Annual statistical returns and brief notes on vaccination in Bengal - 1896-1909
Year: 1896
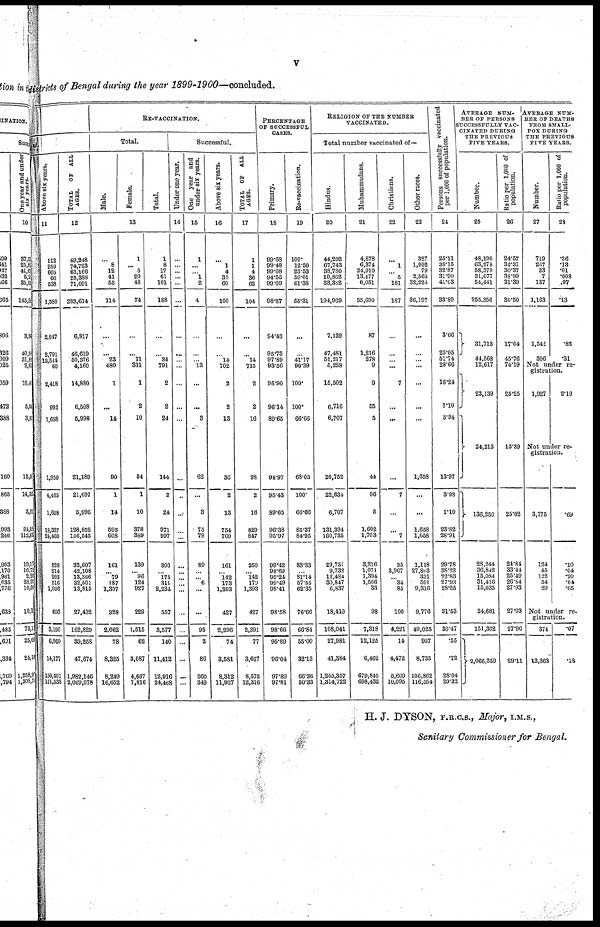
v
districts of Bengal during the year 1899-1900—concluded.
ul.
Above six years.
11
112
259
605
66
538
1,580
2,047
2,791
12,544
60
2,418
992
1,658
1,950
4,465
1,658
18,337
24,460
528
214
203
516
1,036
693
3,190
6,960
14,177
150,401
171,538
TOTAL
OF ALL
AGES.
12
49,248 74,723
63,166 25,386 71.091
283,614
6,817
46,619
50,376
4,160
14,880
6,508
6,996
21,189
21,697
5,996
128,852
156,545
33,607
42,108
13,366
32,501
13,815
27,432
162,829
39,258
47,674
1,982,146
2,069,078
RE-VACCINATION.
Total.
Male.
Female.
Total.
13
...
8
12
41
53
114
...
... 23
480
1
...
14
90
1
14
593
608
161
... 79
187
1,397
328
2,062
78
8,325
8,249
16,652
1
. . . 5
20
48
74
...
... 11
311
1
2
10
54
1
10
378
389
139
... 96
124
927
229
1,515
62
3,087
4,667
7,816
1
8
17
61
101
188
...
... 34
791
2
2
24
144
2
24
971
997
300
... 175
311
2,234
557
3,577
140
11,412
12,916
24,468
Successful.
Under one year.
14
...
...
. . .
...
...
...
...
...
...
. . .
...
...
...
...
...
...
...
. . .
...
... . . .
...
. . .
. . .
...
...
. . .
...
...
One year and
under six years.
15
1
...
... 1
2
4
...
...
... 13
. . .
...
3
62
...
3
75
78
89
... ... 6
...
...
95
3
86
260
349
Above six years.
16
...
1
4
35
60
100
...
... 14
702
2
2
13
36
2
13
754
769
161
... 142
173
1,393
427
2,296
74
3,581
8,312
11,967
TOTAL OF ALL
AGES.
17
1
1
4
36
62
104
...
... 14
715
2
2
16
98
2
16
829
847
250
... 142
179
1,393
427
2,391
77
3,667
8,572
12,316
PERCENTAGE
OF SUCCESSFUL
CASES.
Primary.
18
99.68
99.48 99.08
94.55
99.09
98.87
94.43
95.73
97.89
93.56
96.90
96.14
89.65
94.97
95.43
89.65
96.38
95.97
99.42
98.69
95.24
99.49
98.41
98.58
98.66
95.89
96.04
97.89
97.81
Re-vaccination.
19
100.
12.50
23.53
59.01
61.38
55.31
...
... 41.17
90.39
100.
100.
66.66
68.05
100.
66.66
85.37
84.95
83.33
... 81.14
57.55
62.35
76.66
66.84
55.00
32.13
66.36
50.33
RELIGION OF THE NUMBER
VACCINATED.
Total number vaccinated of—
Hindus.
20
44,202
67,743
38,780
10,862
33,382
194,969
7,132
47,481
51,217
5,228
15,502
6,716
6,707
20,752
22,634
6,707
131,394
160,735
29,731
9,732
12,484
30,847
6,837
18,410
108,041
27,981
41,384
1,245,357
1,314,722
Muhammadans.
21
4,878
6,374
24,010
13,477
6,051
55,690
87
1,216
278
9
9
55
5
44
96
5
1,602
1,703
3,216
1,071
1,394
1,506
33
98
7,318
12,125
6,462
679,845
698,432
Christians.
22
...
1
... 5
181
187
...
...
...
...
7
...
...
...
7
. . .
...
7
35
3,967
... 34
85
100
4,221
14
4,472
5,609
10,095
Other races.
23
327
1,002
79
2,565
32,224
36,197
...
...
. . .
...
. . .
...
...
1,658
...
...
1,658
1,658
1,118
27,819
331
591
9,316
9,776
49,025
957
8,735
106,862
116,554
Persons successfully vaccinated
per 1,000 of population.
24
25.11
38.15
32.87
31.90
41.03
33.89
3.66
25.05
51. 74
28.66
16.24
7.10
3.94
13.97
3.98
1.10
23.82
28.91
29.78
38.22
22.83
27.93
28.25
31.53
30.47
.55
.72
28.04
29.32
AVERAGE NUM-
--- OF PERSONS
SUCCESSFULLY VAC-
CINATED DURING
THE PREVIOUS
FIVE YEARS.
Number.
25
48,190
63,278
58,370
31,077
54,441
255,356
31,713
44,568
12,617
23,139
24,213
136,250
28,244
36,842
15,084
31,416
15,035
24,681
151,302
2,066,359
Ratio per 1,000 of
population.
26
24.57
32.31
30.37
38.99 31.39
30.50
17.04
45.76
74.19
25.25
15.89
25.02
34.84
33.44 25.49 26.54 27.93
27.93
27.90
29.11
AVERAGE NUM-
--- OF DEATHS
FROM SMALL-
FOX DURING
THE PREVIOUS
FIVE YEARS.
Number.
27
719
267
33
7
137
1,163
1,542
306
Ratio per 1,000 of
population.
28
.36
.13
.01
.008
.07
.13
.82
.31
Not under re-
gistration.
1,927
2.10
Not under re-
gistration.
3,775
124
45
122
54
29
.69
.10
.04
.20
.04
.05
Not under re-
gistration..
374
13,363
.07
.18
H. J. DYSON, F.R.C.S., Major, I.M.S.,
Sanitary Commissioner for Bengal.